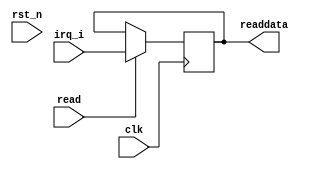
// (C) 1992-2019 Intel Corporation.                            
// Intel, the Intel logo, Intel, MegaCore, NIOS II, Quartus and TalkBack words    
// and logos are trademarks of Intel Corporation or its subsidiaries in the U.S.  
// and/or other countries. Other marks and brands may be claimed as the property  
// of others. See Trademarks on intel.com for full list of Intel trademarks or    
// the Trademarks & Brands Names Database (if Intel) or See www.Intel.com/legal (if Altera) 
// Your use of Intel Corporation's design tools, logic functions and other        
// software and tools, and its AMPP partner logic functions, and any output       
// files any of the foregoing (including device programming or simulation         
// files), and any associated documentation or information are expressly subject  
// to the terms and conditions of the Altera Program License Subscription         
// Agreement, Intel MegaCore Function License Agreement, or other applicable      
// license agreement, including, without limitation, that your use is for the     
// sole purpose of programming logic devices manufactured by Intel and sold by    
// Intel or its authorized distributors.  Please refer to the applicable          
// agreement for further details.                                                 

module irq_bridge
(
    // master inputs:
    clk,
    read,
    rst_n,

    // master outputs:
    readdata,
    
    // interrupt request ports:
    irq_i
);
  input            clk;
  input            read;
  input            rst_n;
  output reg [31:0] readdata;
  input     [31:0]  irq_i;
  
  always @(posedge clk) begin
    if (read) begin
      readdata <= irq_i;
    end
  end

endmodule